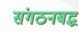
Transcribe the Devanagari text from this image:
संगठनबद्ध